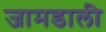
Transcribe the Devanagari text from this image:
जामडाली